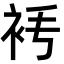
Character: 𧘧